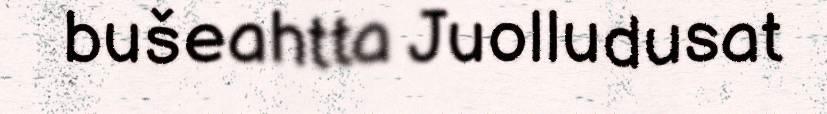
bušeahtta Juolludusat